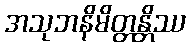
အသုဘနိမိတ္တန္တိဿ